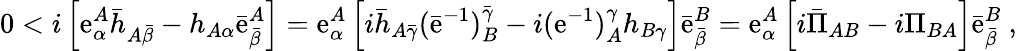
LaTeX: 0<i\left[\mathrm{e}_{\alpha}^{A}\bar{{h}}_{A\bar{{\beta}}}-h_{A\alpha}\bar{{\mathrm{e}}}_{\bar{{\beta}}}^{A}\right]=\mathrm{e}_{\alpha}^{A}\left[i\bar{{h}}_{A\bar{{\gamma}}}(\bar{{\mathrm{e}}}^{-1})_{B}^{\bar{{\gamma}}}-i(\mathrm{e}^{-1})_{A}^{\gamma}h_{B\gamma}\right]\bar{{\mathrm{e}}}_{\bar{{\beta}}}^{B}=\mathrm{e}_{\alpha}^{A}\left[i\bar{{\Pi}}_{AB}-i\Pi_{BA}\right]\bar{{\mathrm{e}}}_{\bar{{\beta}}}^{B}\ ,